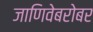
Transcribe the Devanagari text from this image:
जाणिवेबरोबर